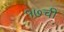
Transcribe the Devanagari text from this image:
१७ची